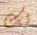
لك